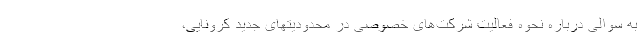
به سوالی درباره نحوه فعالیت شرکت‌های خصوصی در محدودیتهای جدید کرونایی،